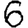
Digit: 6